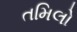
તમિલો